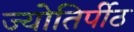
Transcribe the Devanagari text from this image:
ज्योतिर्पीठ